Lunatic asylums Central Provinces reports 1910-1926 - 1910-1926
Year: 1910
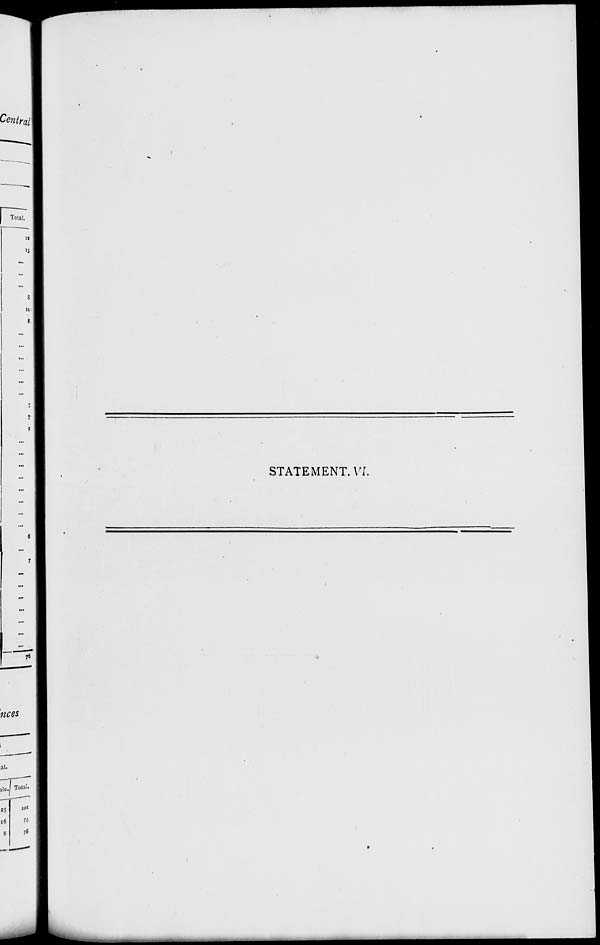
STATEMENT. VI.